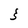
Character: 3